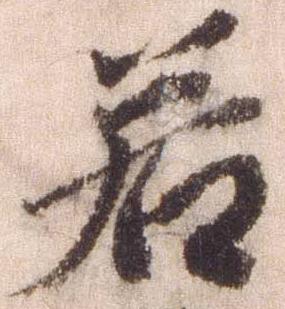
若